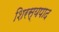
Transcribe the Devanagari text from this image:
शिरस्यपाद